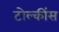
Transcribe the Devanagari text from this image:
टोल्कींस